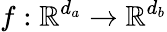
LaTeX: f:\mathbb{R}^{d_{a}}\rightarrow\mathbb{R}^{d_{b}}